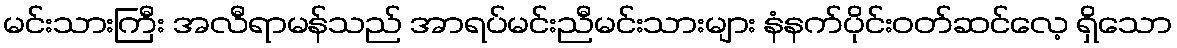
မင်းသားကြီး အလီရာမန်သည် အာရပ်မင်းညီမင်းသားများ နံနက်ပိုင်းဝတ်ဆင်လေ့ ရှိသော